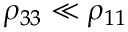
\rho _ { 3 3 } \ll \rho _ { 1 1 }